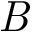
\it { B }